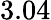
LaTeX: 3.04